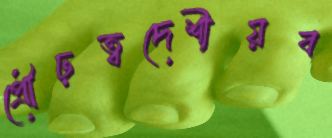
প্রৌঢ়ত্বদেশীয়ব